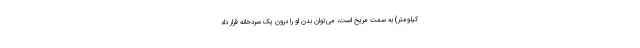
کیلومتر) به سمت مریخ است، می‌توان بدن او را درون یک سردخانه قرار داد